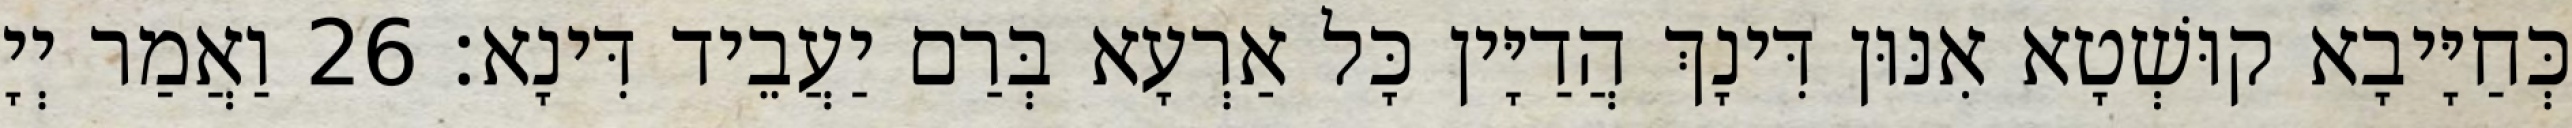
כְּחַיָּיבָא קוּשְׁטָא אִנּוּן דִּינָךְ הֲדַיָּין כָּל אַרְעָא בְּרַם יַעֲבֵיד דִּינָא׃ 26 וַאֲמַר יְיָ